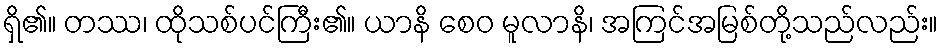
ရှိ၏။ တဿ၊ ထိုသစ်ပင်ကြီး၏။ ယာနိ စေဝ မူလာနိ၊ အကြင်အမြစ်တို့သည်လည်း။